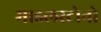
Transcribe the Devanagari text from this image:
माइलस्टोनो